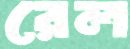
রেল